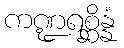
ကဏ္ဍရစ္ဆိန္နံ